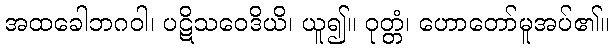
အထခေါဘဂဝါ၊ ပဋိသဝေဒိယိ၊ ယူ၍။ ဝုတ္တံ၊ ဟောတော်မူအပ်၏။